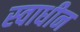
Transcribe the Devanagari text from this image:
स्‍वाधीन